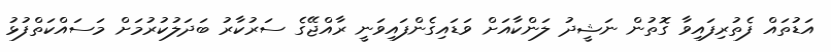
އަޑުތައް ފެތުރިފައިވާ ގޮތުން ނަޝީދު ލަންކާއަށް ވަޑައިގެންފައިވަނީ ރާއްޖޭގެ ސަރުކާރު ބަދަލުކުރުމަށް މަސައްކަތްފުޅު